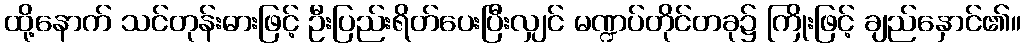
ထို့နောက် သင်တုန်းဓားဖြင့် ဦးပြည်းရိတ်ပေးပြီးလျှင် မဏ္ဍပ်တိုင်တခု၌ ကြိုးဖြင့် ချည်နှောင်၏။